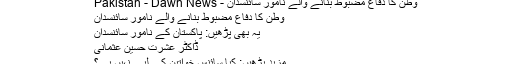
وطن کا دفاع مضبوط بنانے والے نامور سائنسدان - Pakistan - Dawn News
وطن کا دفاع مضبوط بنانے والے نامور سائنسدان
یہ بھی پڑھیں: پاکستان کے نامور سائنسدان
ڈاکٹر عشرت حسین عثمانی
مزید پڑھیں: کیا سائنس خواتین کے لیے نہیں ہے؟